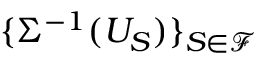
\{ \Sigma ^ { - 1 } ( U _ { S } ) \} _ { S \in \mathcal { F } }